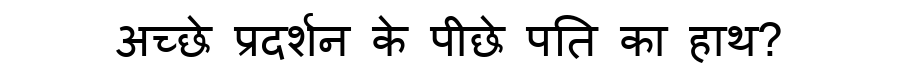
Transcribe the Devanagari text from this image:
अच्छे प्रदर्शन के पीछे पति का हाथ?